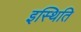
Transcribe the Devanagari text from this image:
इस्थिति